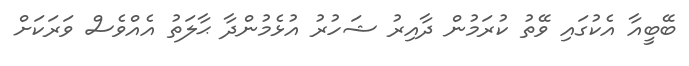
ބޭބީއާ އެކުގައި ވޭތު ކުރަމުން ދާއިރު ޝަހުރު އުޅެމުންދާ ޙާލަތު އެއްވެސް ވަރަކަށް